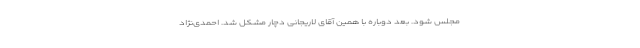
مجلس شود. بعد دوباره با همین آقای لاریجانی دچار مشکل شد. احمدی‌نژاد